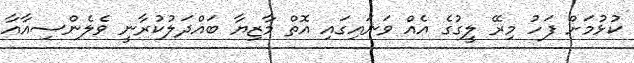
ކުޅުމަށް ފަހު މިރޭ ލީގުގެ އެއް ވަނައިގައި އޮތް މާޒިޔާ ބައްދަލުކުރާނީ ވެލެންސިއާއާ